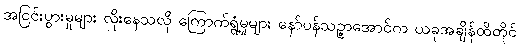
အငြင်းပွားမှုများ လိုးနေသလို ကြောက်ရွံ့မှုများ နော်ပန်သဉ္ဇာအောင်က ယခုအချိန်ထိတိုင်